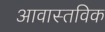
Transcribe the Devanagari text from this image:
आवास्तविक